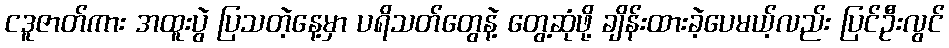
ငဒူဇာတ်ကား အထူးပွဲ ပြသတဲ့နေ့မှာ ပရိသတ်တွေနဲ့ တွေ့ဆုံဖို့ ချိန်းထားခဲ့ပေမယ့်လည်း ပြင်ဦးလွင်